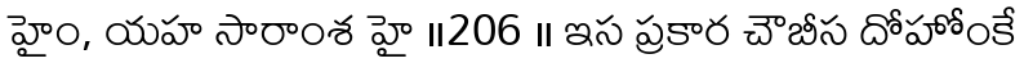
హైం, యహ సారాంశ హై ॥206 ॥ ఇస ప్రకార చౌబీస దోహోంకే